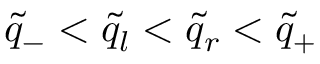
\tilde { q } _ { - } < \tilde { q } _ { l } < \tilde { q } _ { r } < \tilde { q } _ { + }